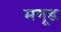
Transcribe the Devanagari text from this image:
मगूड